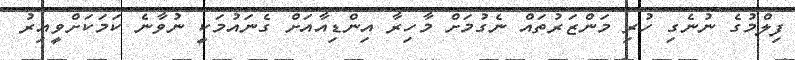
ފިލްމުގެ ނުނެގި ހުރި މަންޒަރުތައް ނެގުމަށް މާހިރާ އިންޑިއާއަށް ގެނައުމަކީ ނުވާނެ ކަމަކަށްވީއިރު